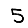
Digit: 5